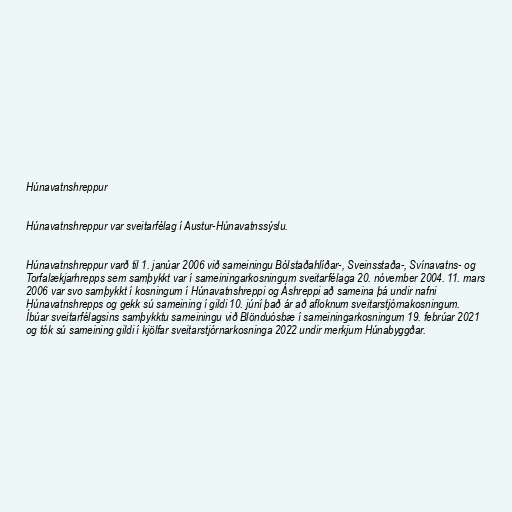
Húnavatnshreppur

Húnavatnshreppur var sveitarfélag í Austur-Húnavatnssýslu.

Húnavatnshreppur varð til 1. janúar 2006 við sameiningu Bólstaðahlíðar-, Sveinsstaða-, Svínavatns- og
Torfalækjarhrepps sem samþykkt var í sameiningarkosningum sveitarfélaga 20. nóvember 2004. 11. mars
2006 var svo samþykkt í kosningum í Húnavatnshreppi og Áshreppi að sameina þá undir nafni
Húnavatnshrepps og gekk sú sameining í gildi 10. júní það ár að afloknum sveitarstjórnakosningum.
Íbúar sveitarfélagsins samþykktu sameiningu við Blönduósbæ í sameiningarkosningum 19. febrúar 2021
og tók sú sameining gildi í kjölfar sveitarstjórnarkosninga 2022 undir merkjum Húnabyggðar.